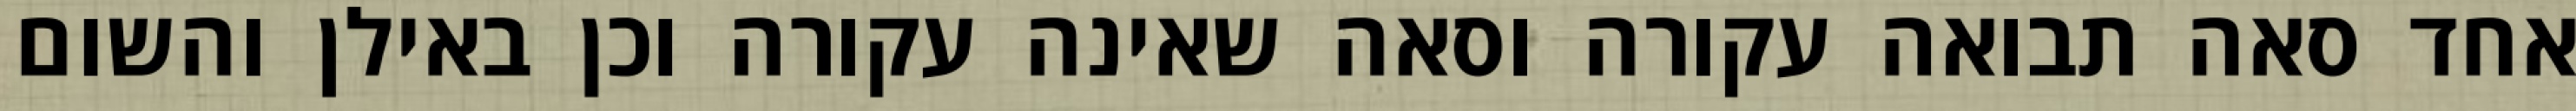
אחד סאה תבואה עקורה וסאה שאינה עקורה וכן באילן והשום